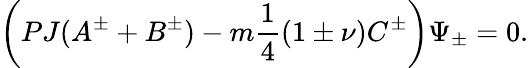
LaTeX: \left(PJ(A^{\pm}+B^{\pm})-m\frac{1}{4}(1\pm\nu)C^{\pm}\right)\Psi_{\pm}=0.